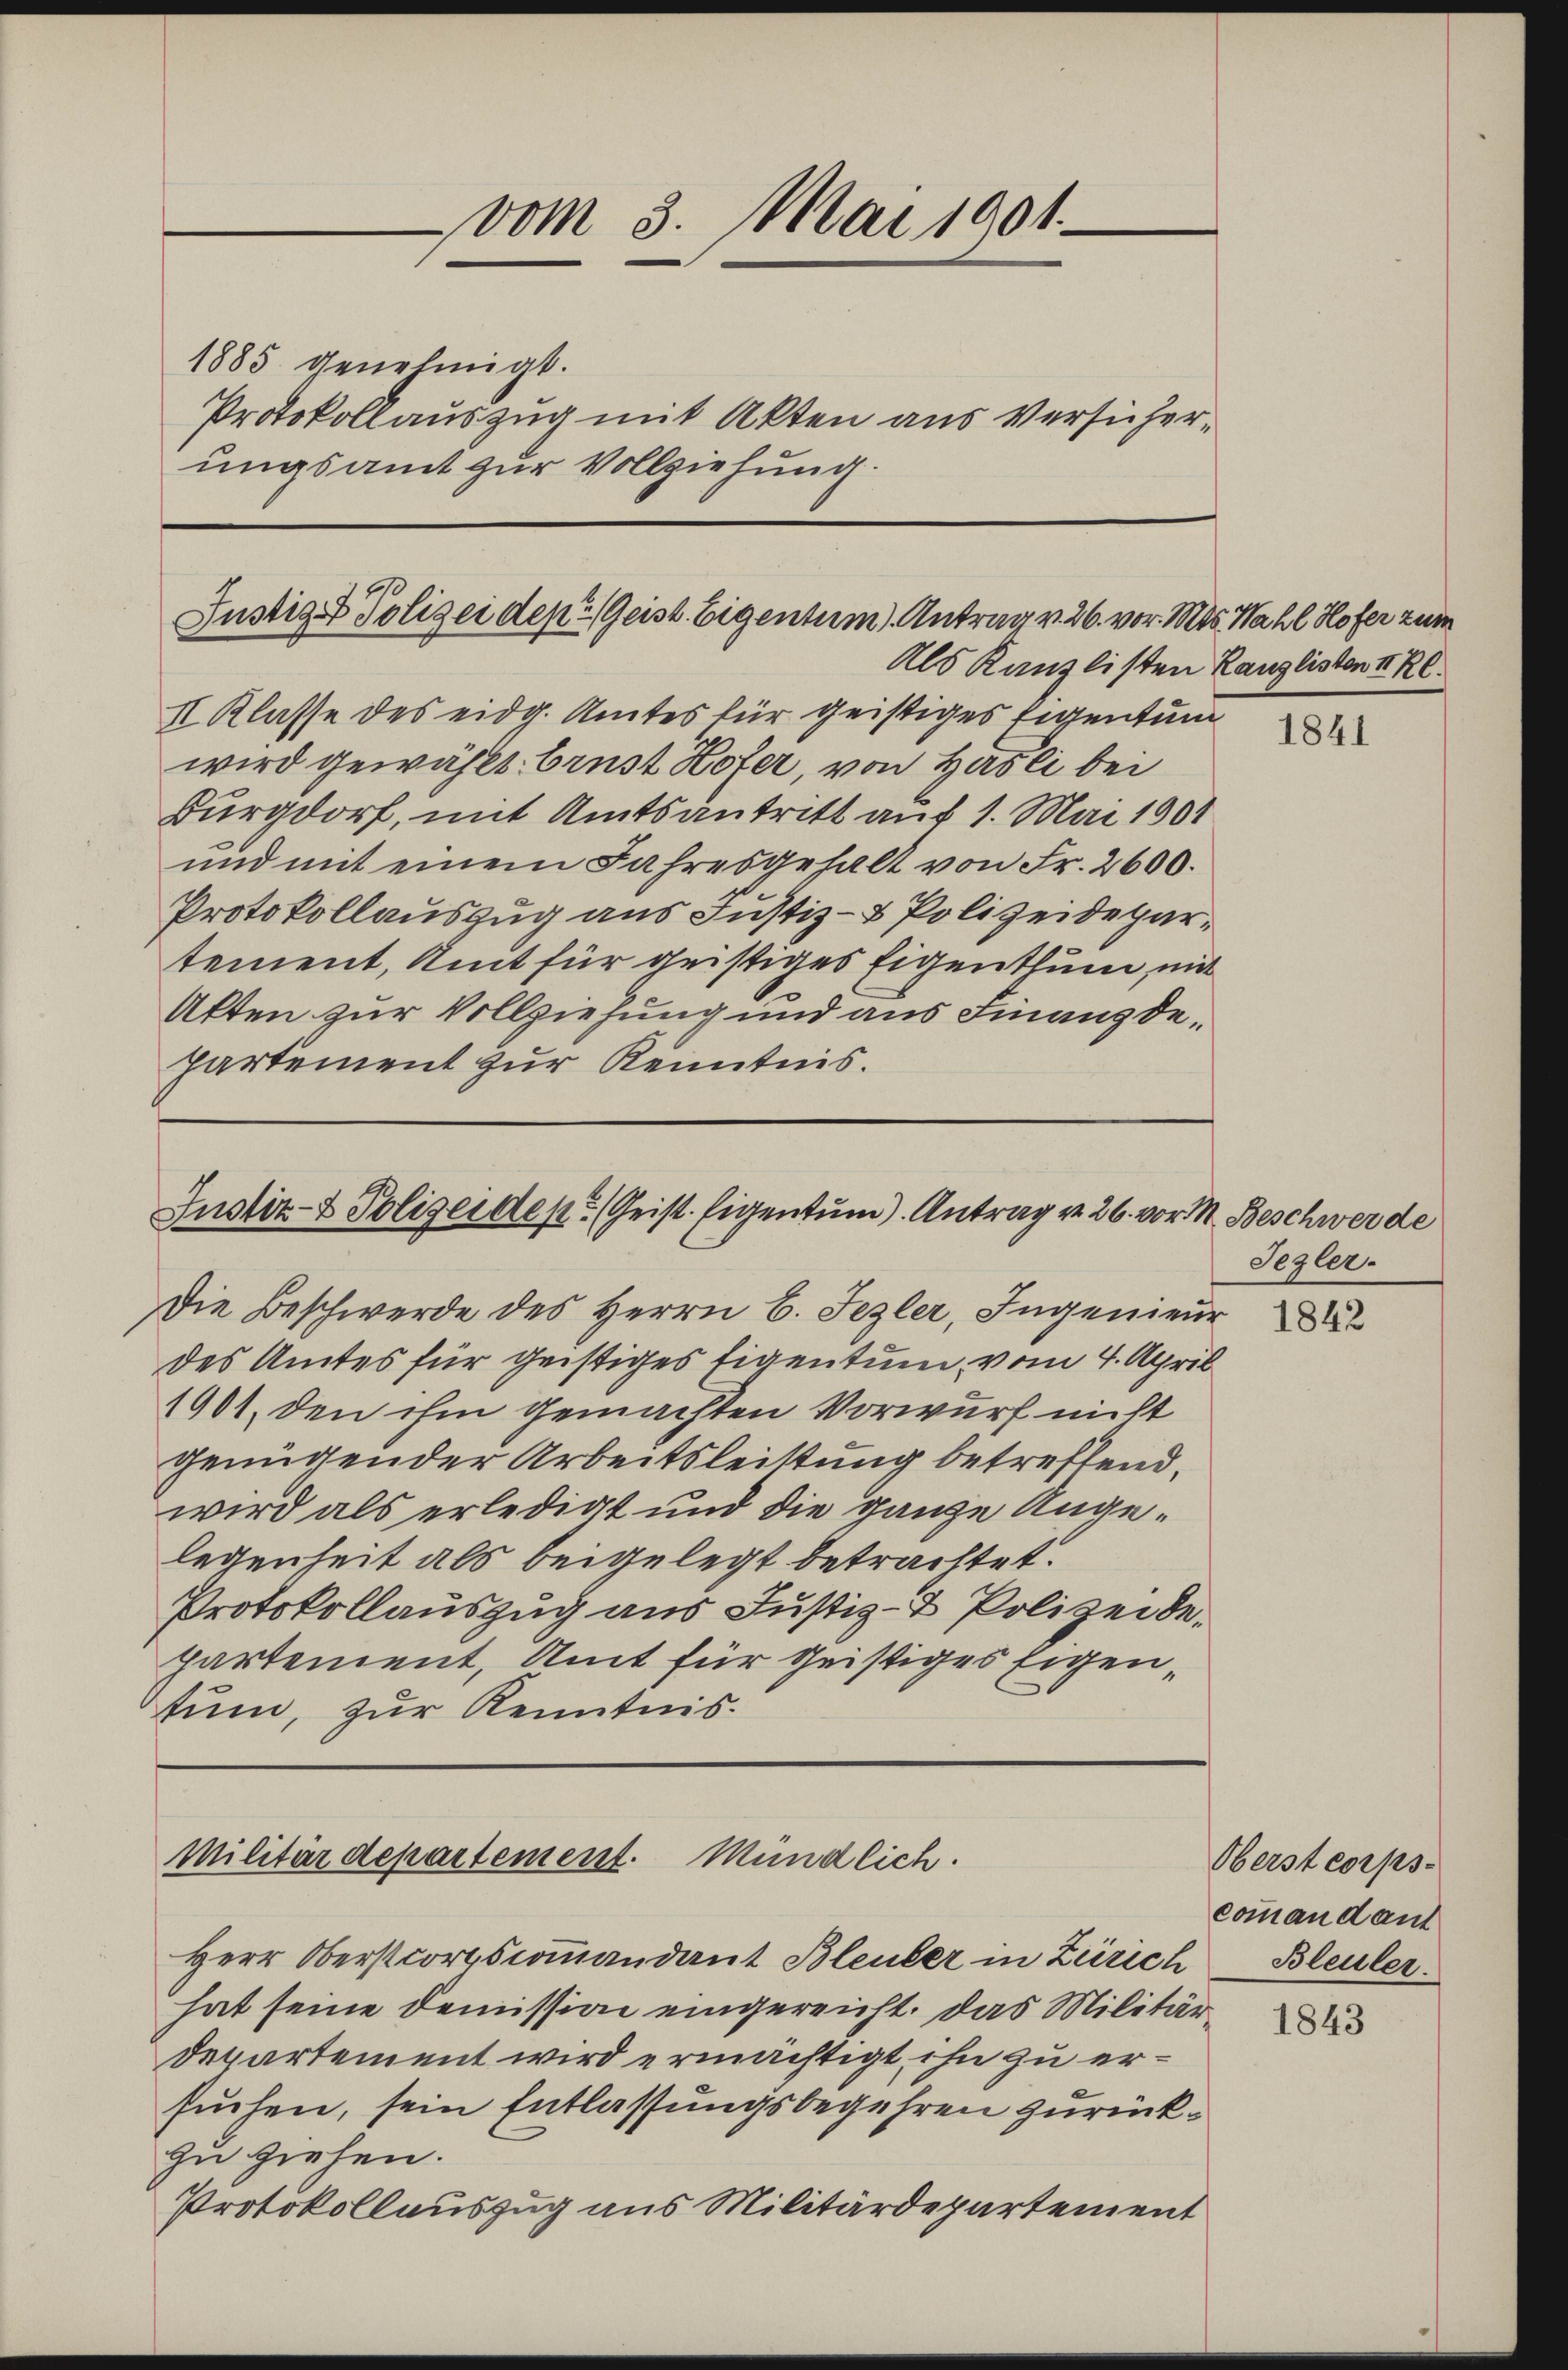
vom 3. Mai 1901.
1885 genehmigt.
Protokollauszug mit Akten aus Versicherungsamt zur Vollziehung.

Justiz & Polizei den Geist. Eigentum). Antrag v. 26. vor. Mts. Wahl Hofer zum
Als Kanzlisten Kanzlisten z. R.

II Klasse des eidg. Amtes für geistiges Eigentum
wird gewählt. Brust Hofer, von Hasli bei
Burgdorf, mit Amtsantritt auf 1. Mai 1901
ŭnd mit einem Jahresgehalt von Fr. 2600.
Protokollauszug aus Justiz- & Polizeidepartement, Amt für geistiges Eigenthum, mit
Akten zur Vollziehung und aus Finanzdepartement zur Kenntnis.

des Amtes für geistiges Eigentum, vom 4. April
1901, den ihm gemachten Vorwurf nicht
genügender Arbeitsleistung betreffend,
wird als erledigt und die ganze Angelegenheit als beigelegt betrachtet.
Protokollauszug aus Justiz- & Polizeidepartement, Amt für geistiges Eigentum, zur Kenntnis.

Herr Oberstortscommandant Bleuler in Zürich
hat seine Demission eingereicht. Das Militär¬
Departement wird ermächtigt, ihn zu ersuchen, sein Entlassungsbegehren zurückzu ziehen.
Protokollauszug aus Militärdepartement

Justiz- & Polizeidept. (Geist. Eigentum). Antrag v. 26. vor M.
Die Beschwerde des Herrn C. Sezler, Ingenieur

Militärdepartement. Mündlich.

1841

Beschwerde
Sezler.

1843

Oberst corps.
commandant
Bleuler.